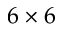
6 \times 6